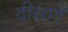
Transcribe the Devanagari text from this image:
दीक्षाएँ